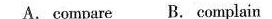
A. compare B. Complain